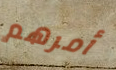
أمرهم